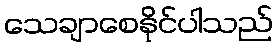
သေချာစေနိုင်ပါသည်